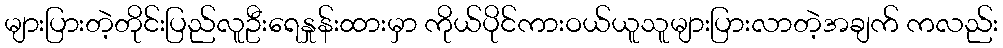
များပြားတဲ့တိုင်းပြည်လူဦးရေနှုန်းထားမှာ ကိုယ်ပိုင်ကားဝယ်ယူသူများပြားလာတဲ့အချက် ကလည်း